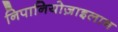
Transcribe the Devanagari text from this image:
निपानियोज़ाइलान